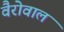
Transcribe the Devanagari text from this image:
वैरोवाल